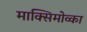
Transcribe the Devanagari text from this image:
माक्सिमोव्का